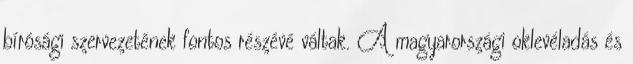
bírósági szervezetének fontos részévé váltak. A magyarországi oklevéladás és